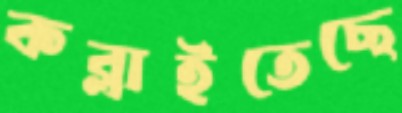
কব্‌লাইতেছে